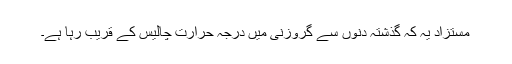
مستزاد یہ کہ گذشتہ دنوں سے گروزنی میں درجہ حرارت چالیس کے قریب رہا ہے۔